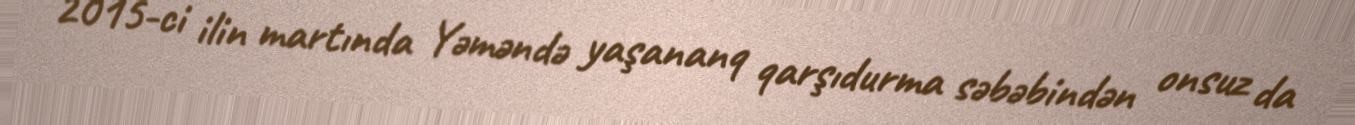
2015-ci ilin martında Yəməndə yaşananq qarşıdurma səbəbindən onsuz da